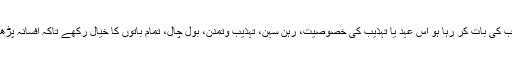
افسانہ نگار کے لئے یہ ضروری ہے کہ وہ جس عہد و تہذیب کی بات کر رہا ہو اس عہد یا تہذیب کی خصوصیت، رہن سہن، تہذیب وتمدن، بول چال، تمام باتوں کا خیال رکھے تاکہ افسانہ پڑھنے والوں کے سامنے اس عہد یا تہذیب کا پورا نقشہ آجائے۔